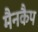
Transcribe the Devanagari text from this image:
मैनकैप